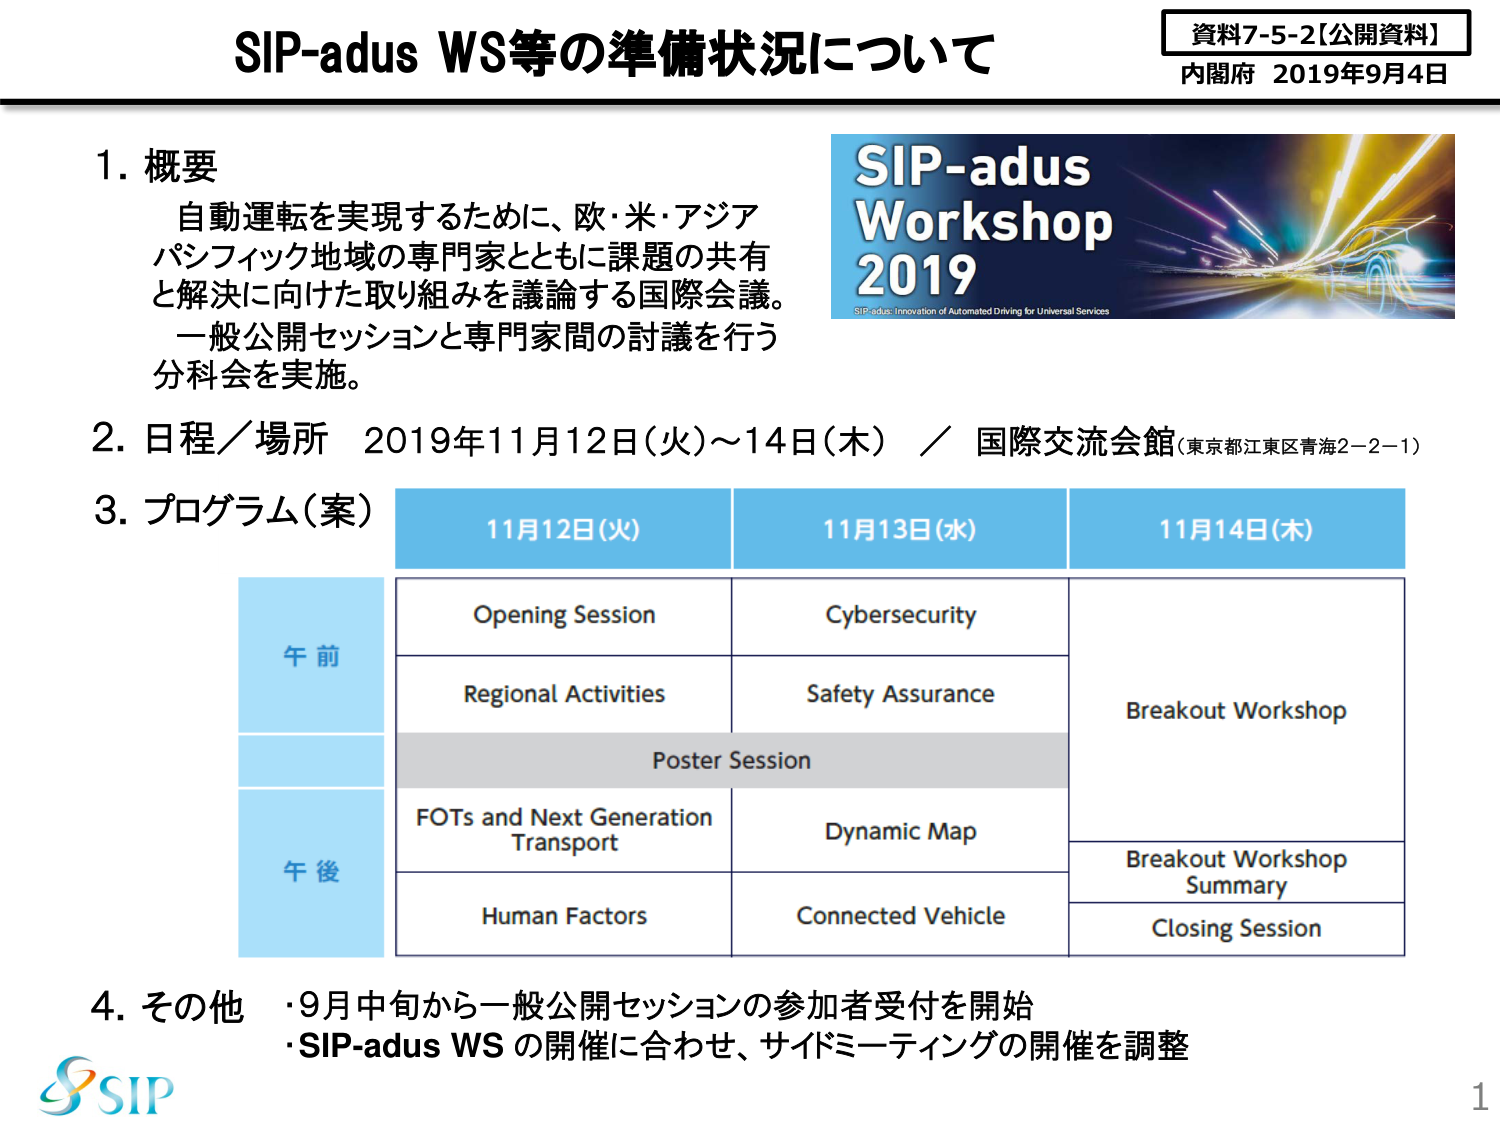
資料7-5-2【公開資料】
内閣府 2019年9月4日

SIP-adus WS等の準備状況について

1. 概要
自動運転を実現するために、欧・米・アジア
パシフィック地域の専門家とともに課題の共有
と解決に向けた取り組みを議論する国際会議。
一般公開セッションと専門家間の討議を行う
分科会を実施。

SIP-adus
Workshop
2019
SIP-adus: Innovation of Automated Driving for Universal Services

2. 日程／場所 2019年11月12日（火）～14日（木）／ 国際交流会館（東京都江東区青海2－2－1）

3. プログラム（案）
11月12日（火） 11月13日（水） 11月14日（木）
午前
Opening Session
Cybersecurity
Regional Activities
Safety Assurance
Poster Session
Breakout Workshop
午後
FOTs and Next Generation Transport
Dynamic Map
Breakout Workshop Summary
Human Factors
Connected Vehicle
Closing Session

4. その他
・9月中旬から一般公開セッションの参加者受付を開始
・SIP-adus WS の開催に合わせ、サイドミーティングの開催を調整

SIP
1